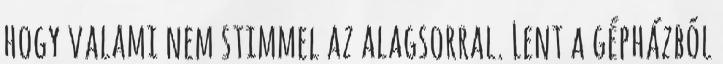
hogy valami nem stimmel az alagsorral. Lent a gépházból